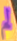
لم